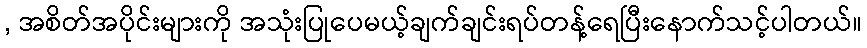
, အစိတ်အပိုင်းများကို အသုံးပြုပေမယ့်ချက်ချင်းရပ်တန့်ရေပြီးနောက်သင့်ပါတယ်။